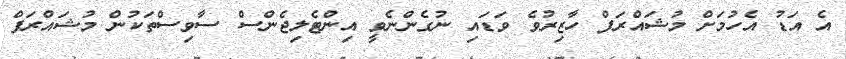
އެ އަޑު އެހުމަށް މުޝައްރަފް ހާޒިރުވެ ވަޑައި ނުގެންނެވީ އިންޓެލިޖެންސް ސާވިސްތަކުން މުޝައްރަފް